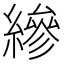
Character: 縿